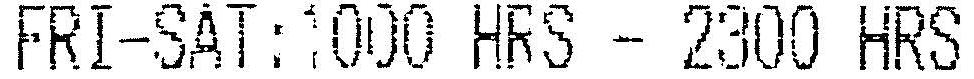
FRI-SAT:1000 HRS - 2300 HRS